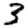
Digit: 3